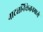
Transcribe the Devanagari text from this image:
नाट्यनिकेतनमध्ये